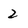
Character: 2